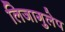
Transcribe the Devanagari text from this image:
लिजागुलेप